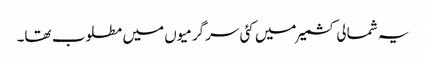
یہ شمالی کشمیر میں کئی سرگرمیوں میں مطلوب تھا۔